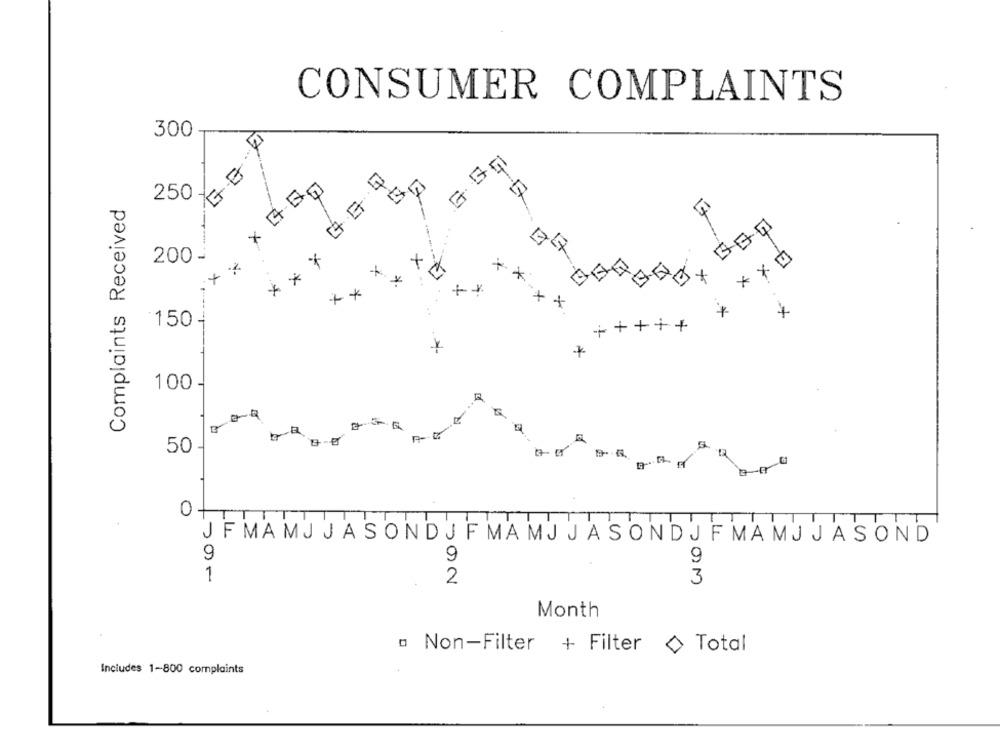
CONSUMER COMPLAINTS
300
× 4.51
Complaints Received
250 x
...
200 -
**
*
7
*
*
x
**- X
×
150
+++++
100
50
5
0
-
JF MAMJ JASONDJ F MAMJ JASONDJ F MAMJ JASOND
9
9
9
1
2
3
Month
o Non-Filter + Filter
Total
Includes 1-800 complaints